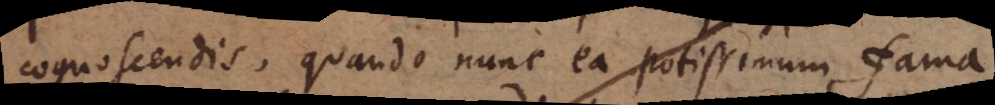
cognoscendis, quando nunc ea potissimum fama